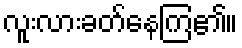
လူးလားခတ်နေကြ၏။